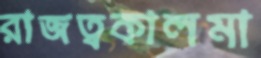
রাজত্বকালমা